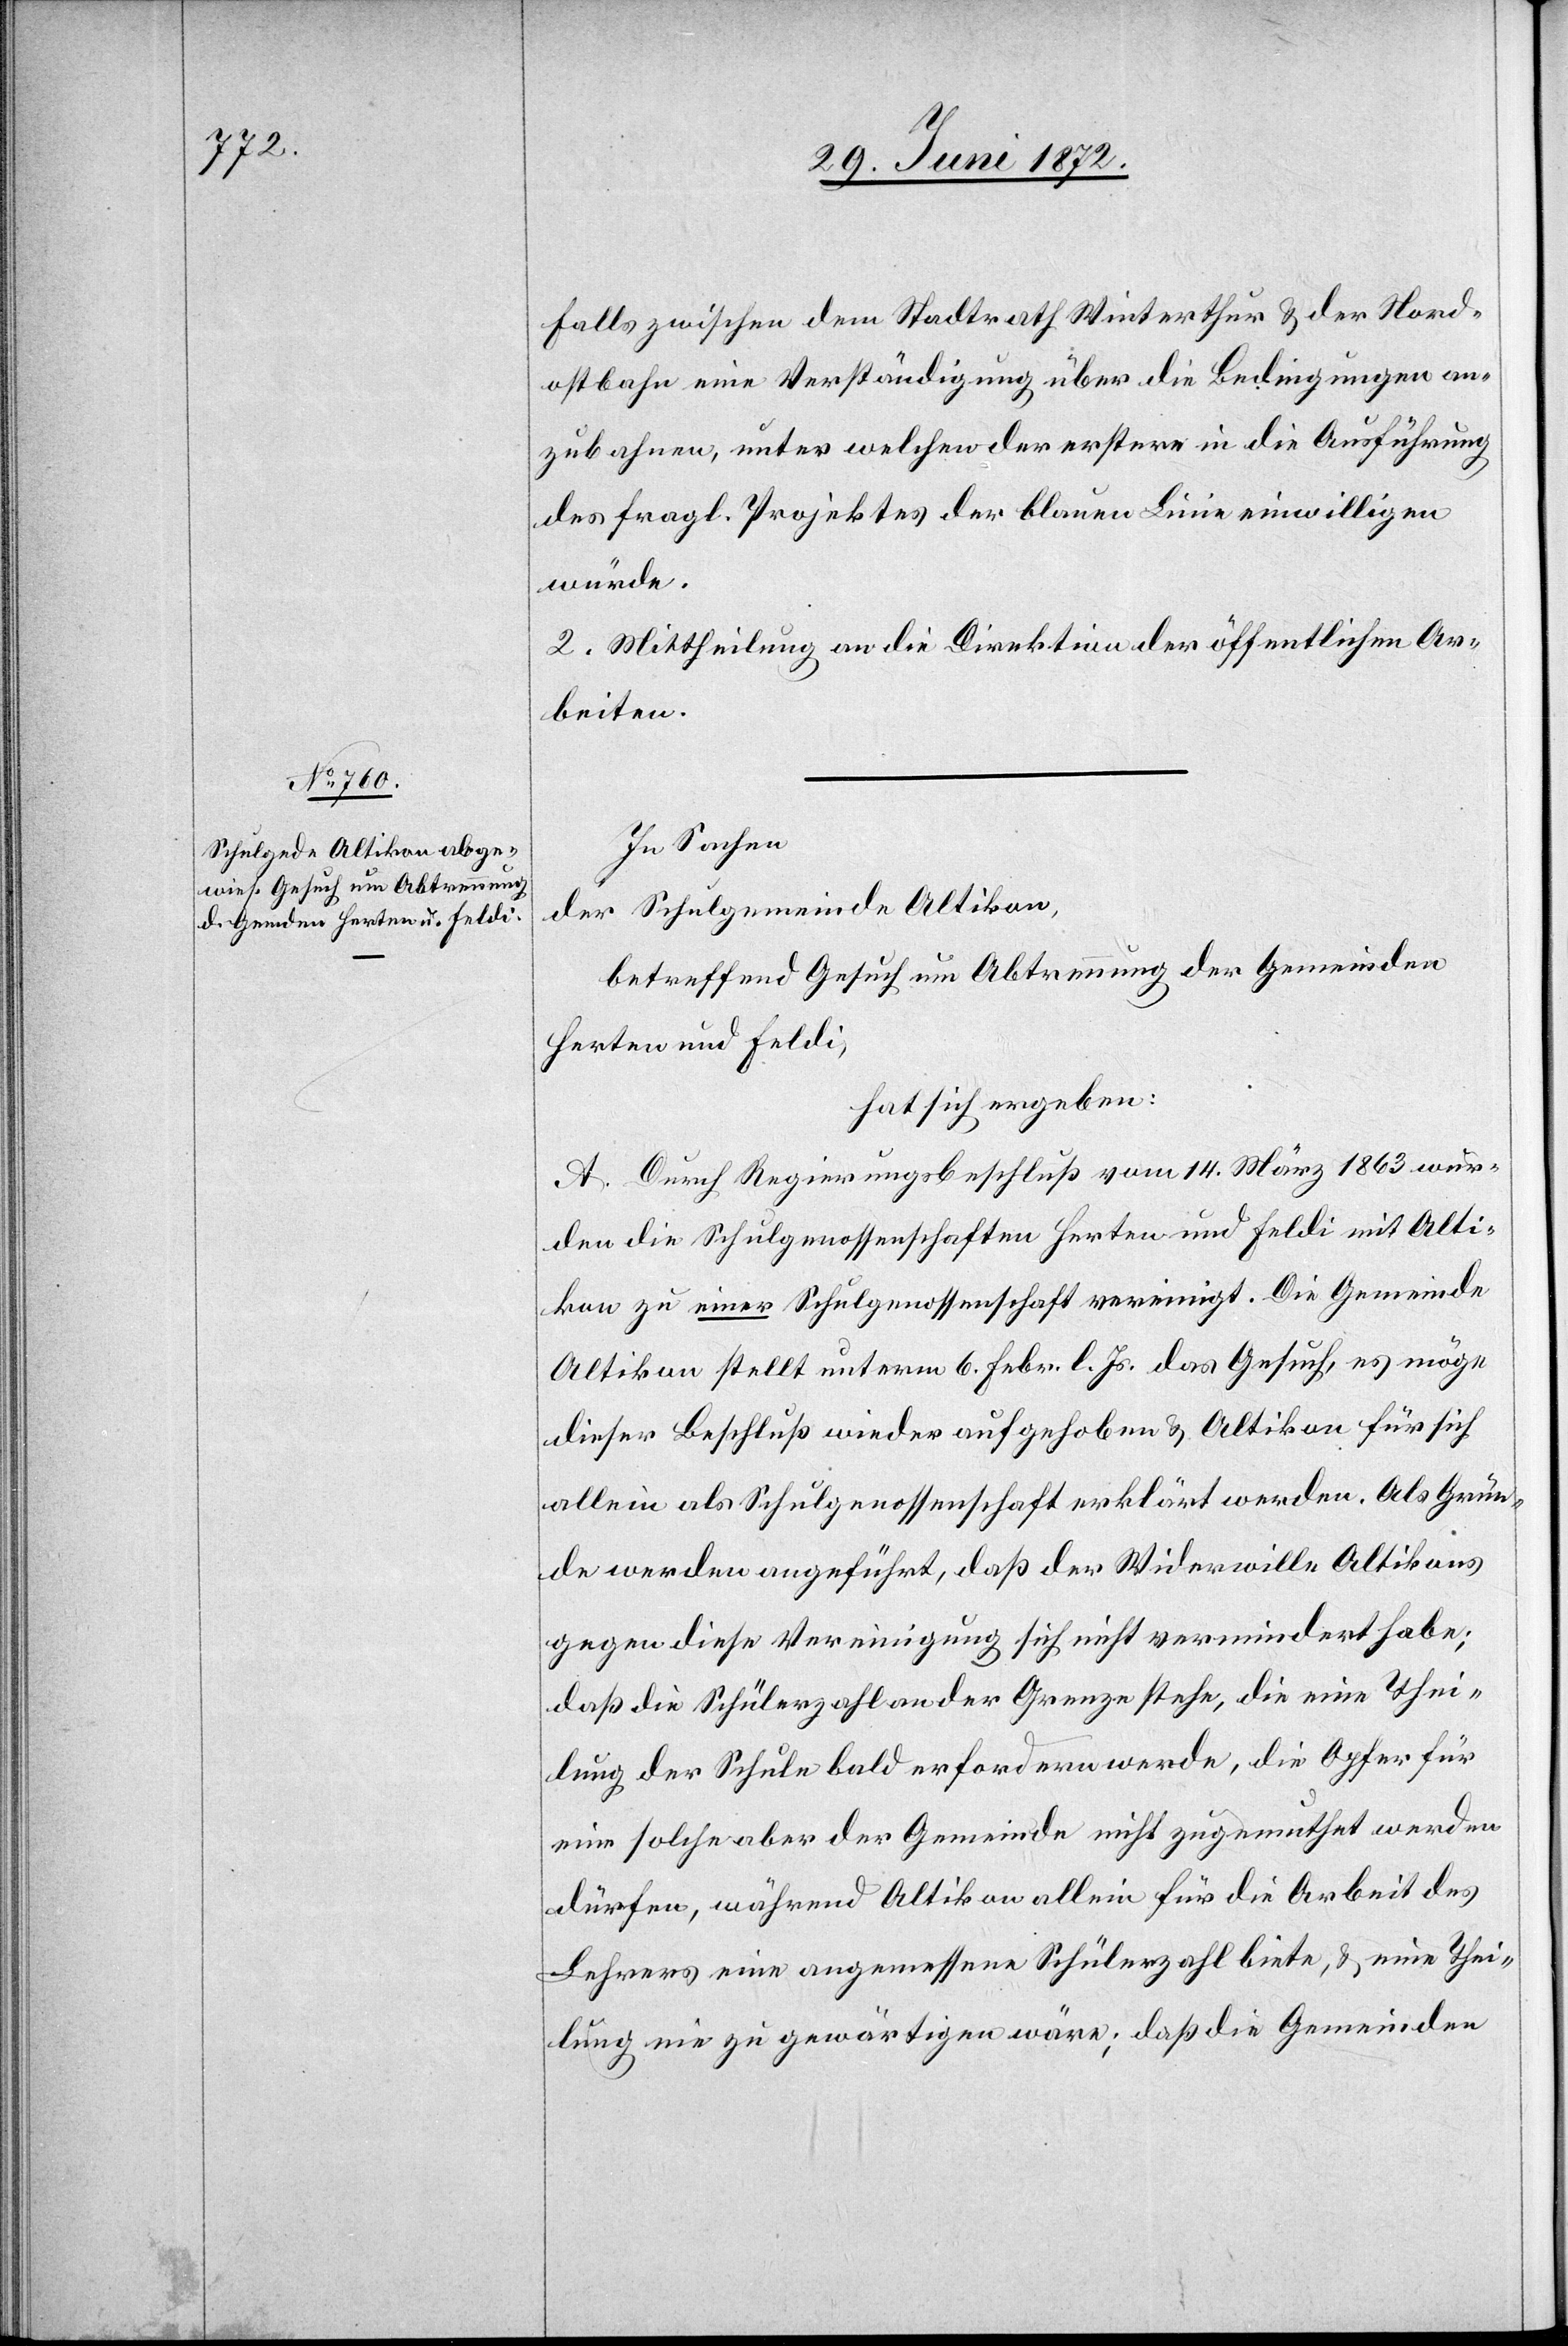
Falls zwischen dem Stadtrath Winterthur u. der Nord¬
ostbahn eine Verständigung über die Bedingungen an¬
zubahnen, unter welchen der erstere in die Ausführung
des fragl. Projektes der blauen Linie einwilligen
würde.
2. Mittheilung an die Direktion der öffentlichen Ar¬
beiten.
In Sachen
der Schulgemeinde Altikon
betreffend Gesuch um Abtrennung der Gemeinden
Herten und Feldi,
hat sich ergeben:
A. Durch Regierungsbeschluß vom 14. März 1863 wur¬
den die Schulgenossenschaften Herten und Feldi mit Alti¬
kon zu einer Schulgenossenschaft vereinigt. Die Gemeinde
Altikon stellt unterm 6. Febr. l. Js. das Gesuch, es möge
dieser Beschluß wieder aufgehoben u. Altikon für sich
allein als Schulgenossenschaft erklärt werden. Als Grün¬
de werden angeführt, daß der Widerwille Altikons
gegen diese Vereinigung sich nicht vermindert habe;
daß die Schülerzahl an der Grenze stehe, die eine Thei¬
lung der Schule bald erfordern werde, die Opfer für
eine solche aber der Gemeinde nicht zugemuthet werden
dürfen, während Altikon allein für die Arbeit des
Lehrers eine angemessne Schülerzahl biete, u. eine Thei¬
lung nie zu gewärtigen wäre; daß die Gemeinden